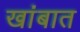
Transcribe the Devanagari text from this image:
खांबात